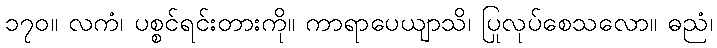
၁၇၀။ လကံ၊ ပစ္စင်ရင်းတားကို။ ကာရာပေယျာသိ၊ ပြုလုပ်စေသလော။ ဓညံ၊